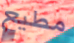
مطيع